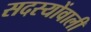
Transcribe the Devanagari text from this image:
सदस्योंवाली